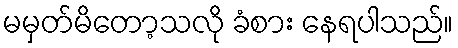
မမှတ်မိတော့သလို ခံစား နေရပါသည်။